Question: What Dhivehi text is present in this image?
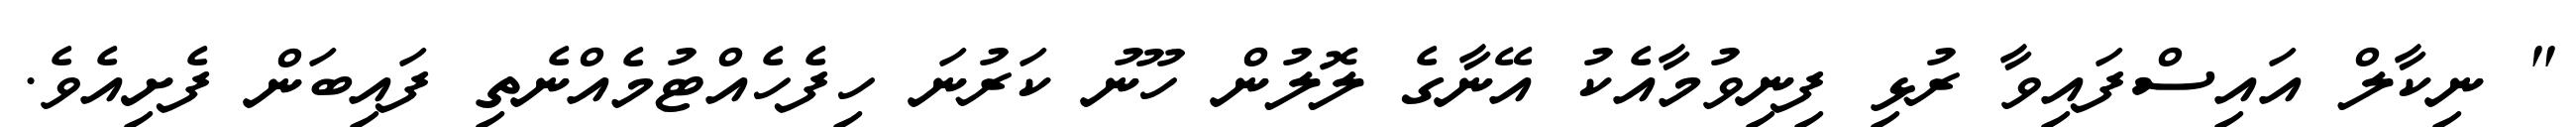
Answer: " ނިކާލް އައިސްފައިވާ ރުޅި ފިނިވުމާއެކު އޭނާގެ ލޮލުން ހޫނު ކަރުނަ ހިފެހެއްޓުމެއްނެތި ފައިބަން ފެށިއެވެ.